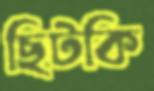
ছিটকি